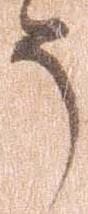
う